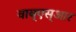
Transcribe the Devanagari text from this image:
वाय्‌एस्‌आर